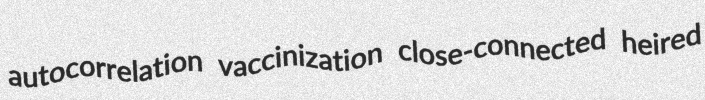
autocorrelation vaccinization close-connected heired